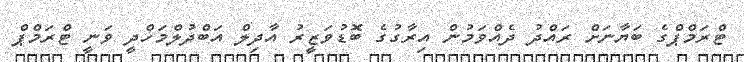
ޓްރަމްޕްގެ ބަޔާނަށް ރައްދު ދެއްވަމުން އިރާގުގެ ބޮޑުވަޒީރު އާދިލް އަބްދުލްމަހްދީ ވަނީ ޓްރަމްޕް